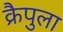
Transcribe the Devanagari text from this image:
क्रैपुला